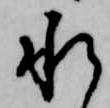
承